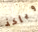
ويأخذ